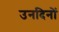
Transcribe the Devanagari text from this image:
उनदिनों